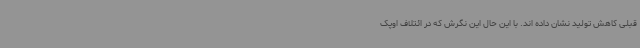
قبلی کاهش تولید نشان داده اند. با این حال این نگرش که در ائتلاف اوپک